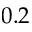
0 . 2